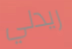
ريدلي